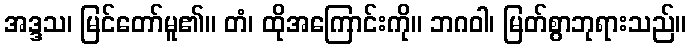
အဒ္ဒသ၊ မြင်တော်မူ၏။ တံ၊ ထိုအကြောင်းကို။ ဘဂဝါ၊ မြတ်စွာဘုရားသည်။